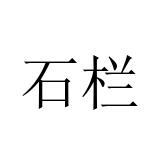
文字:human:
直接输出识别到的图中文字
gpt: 石栏